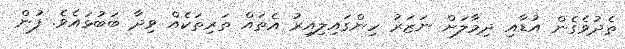
ތެދުވެގެން އުޑާއި ދިމާލަށް ނަޒަރު ހިންގައިލިއިރު އެތައް ތަރިތަކެއް ވިދާ ބަބުޅައެވެ. ފުން